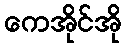
ကေအိုင်အို